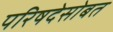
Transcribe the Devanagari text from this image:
परिषदेसोबत